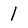
Character: 1